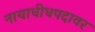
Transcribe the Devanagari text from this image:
नायाधीधपदावर